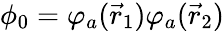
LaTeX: \phi_{0}=\varphi_{a}({\vec{r}}_{1})\varphi_{a}({\vec{r}}_{2})